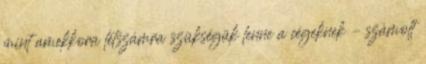
mint amekkora létszámra szükségük lenne a cégeknek – számolt